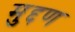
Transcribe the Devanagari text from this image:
मुद्दण